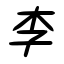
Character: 李